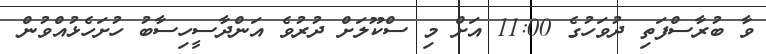
ވާ ބުރާސްފަތި ދުވަހުގެ 11:00 އަށް މި ސްކޫލަށް ދުރުވެ އަންދާސީހިސާބު ހުށަހެޅުއްވުން